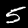
Digit: 5